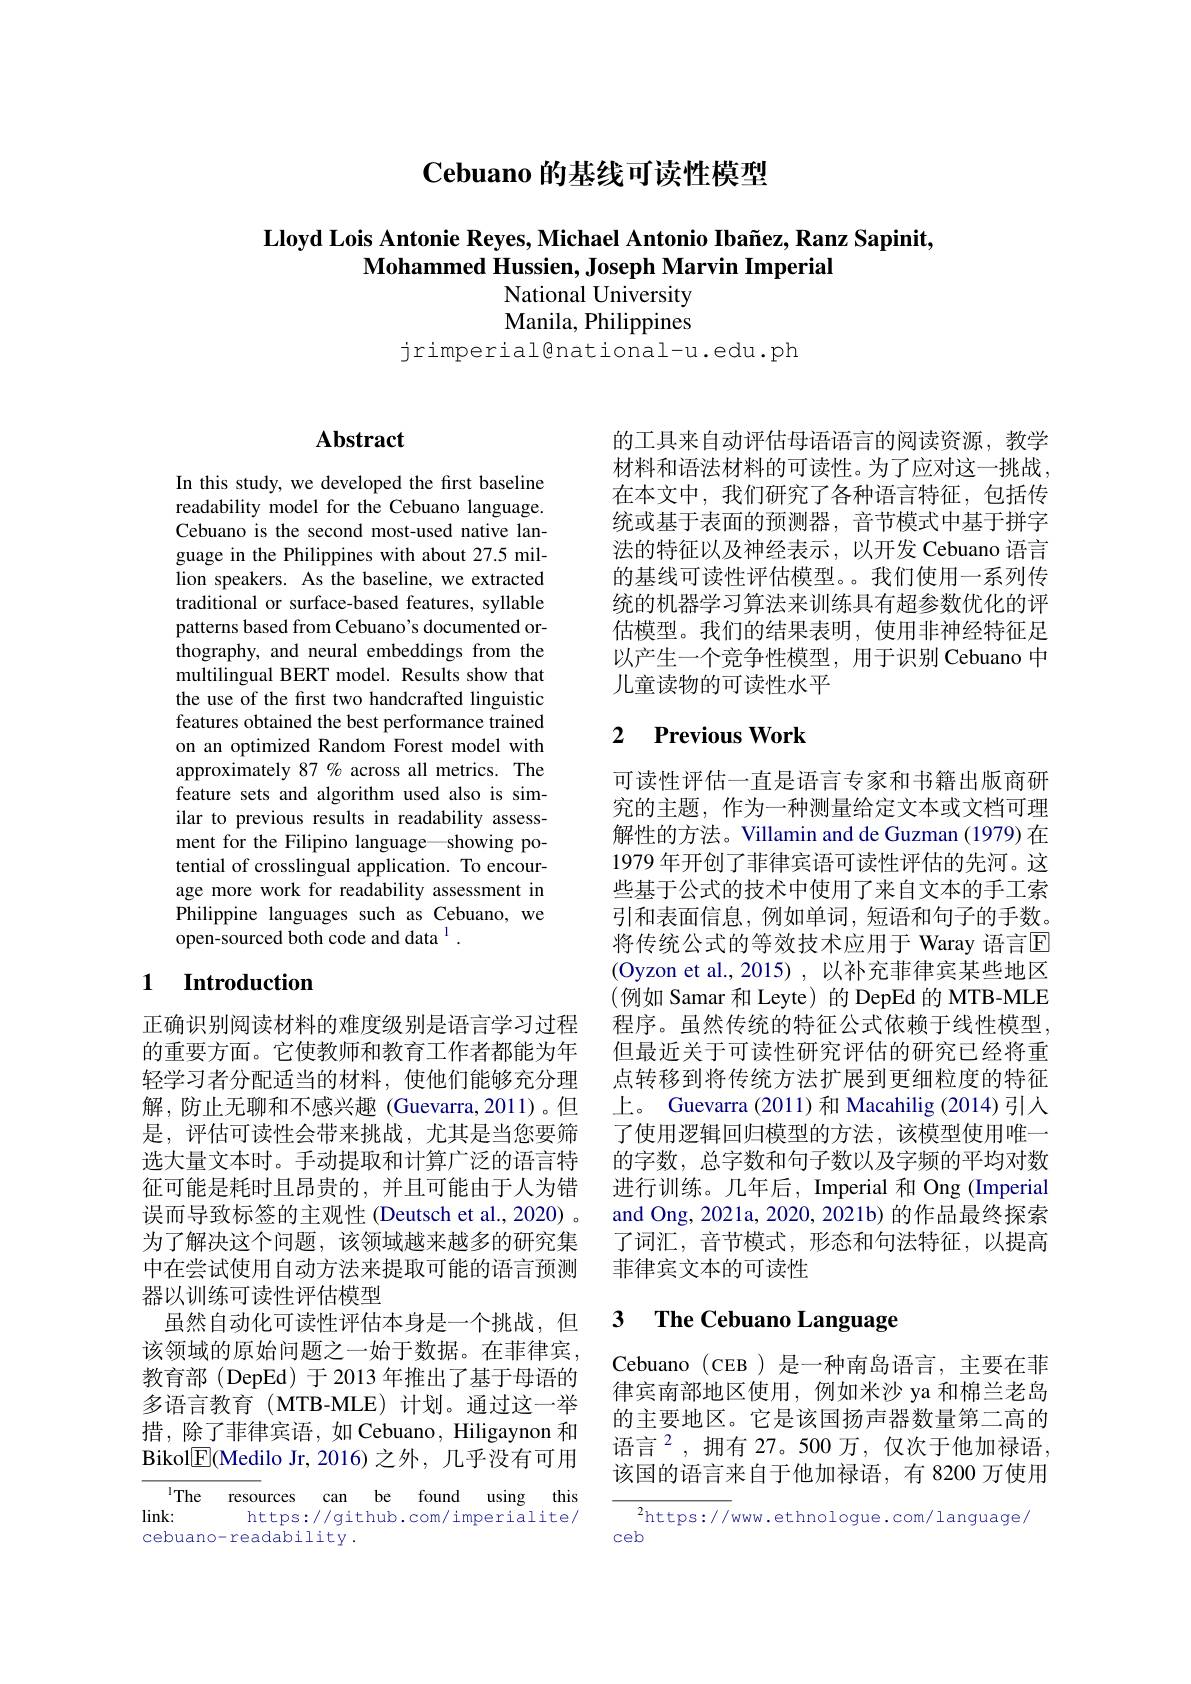
$\textbf{Cebuano 的 基 线 可 读 性 模 型 }$

$\textbf{Lloyd Lois Antonie Reyes, Michael Antonio Iba\~{n} ez, Ranz Sapinit, }$
Mohammed Hussien, Joseph Marvin Imperial
## National University Manila, Philippines
jrimperial@national-u.edu.ph

### $\mathbf{Abstract}$

In this study, we developed the first baseline readability model for the Cebuano language. Cebuano is the second most-used native language in the Philippines with about 27.5 million speakers. As the baseline, we extracted traditional or surface-based features, syllable patterns based from Cebuano's documented orthography, and neural embeddings from the multilingual BERT model. Results show that the use of the first two handcrafted linguistic features obtained the best performance trained on an optimized Random Forest model with approximately 87% across all metrics. The feature sets and algorithm used also is similar to previous results in readability assessment for the Filipino language—showing potential of crosslingual application. To encourage more work for readability assessment in Philippine languages such as Cebuano, we open-sourced both code and data $^{1}.$

## 1 Introduction

正确识别阅读材料的难度级别是语言学习过程的重要方面。它使教师和教育工作者都能为年轻学习者分配适当的材料，使他们能够充分理解，防止无聊和不感兴趣(Guevarra,2011)。但是，评估可读性会带来挑战，尤其是当您要筛选大量文本时。手动提取和计算广泛的语言特征可能是耗时且昂贵的，并且可能由于人为错误而导致标签的主观性 (Deutsch et al., 2020) 。为了解决这个问题，该领域越来越多的研究集中在尝试使用自动方法来提取可能的语言预测器以训练可读性评估模型
虽然自动化可读性评估本身是一个挑战，但该领域的原始问题之一始于数据。在菲律宾， 教育部(DepEd)于2013 年推出了基于母语的多语言教育(MTB-MLE)计划。通过这一举措，除了菲律宾语，如 Cebuano, Hiligaynon 和Bikol$\underline{\mathrm{E}}$(Medilo Jr,2016)之外，几乎没有可用

The resources can be found using this
$\lim$k:
https://github.com/imperialite/
cebuano-readability .

的工具来自动评估母语语言的阅读资源，教学材料和语法材料的可读性。为了应对这一挑战， 在本文中，我们研究了各种语言特征，包括传统或基于表面的预测器，音节模式中基于拼字法的特征以及神经表示，以开发 Cebuano 语言的基线可读性评估模型。。我们使用一系列传统的机器学习算法来训练具有超参数优化的评估模型。我们的结果表明，使用非神经特征足以产生一个竞争性模型，用于识别 Cebuano 中儿童读物的可读性水平

## 2 Previous Work

可读性评估一直是语言专家和书籍出版商研究的主题，作为一种测量给定文本或文档可理解性的方法。Villamin and de Guzman (1979) 在1979 年开创了菲律宾语可读性评估的先河。这些基于公式的技术中使用了来自文本的手工索引和表面信息，例如单词，短语和句子的手数。将传统公式的等效技术应用于 Waray 语言$\overline{\mathrm{E}}$ (Oyzon et al., 2015) , 以补充菲律宾某些地区(例如 Samar 和 Leyte) 的 DepEd 的 MTB-MLE 程序。虽然传统的特征公式依赖于线性模型， 但最近关于可读性研究评估的研究已经将重点转移到将传统方法扩展到更细粒度的特征上。Guevarra (2011) 和 Macahilig (2014) 引入了使用逻辑回归模型的方法，该模型使用唯一的字数，总字数和句子数以及字频的平均对数进行训练。几年后，Imperial 和 Ong (Imperial and Ong, 2021a, 2020, 2021b) 的作品最终探索了词汇，音节模式，形态和句法特征，以提高菲律宾文本的可读性

# 3 $\textbf{The Cebuano Language}$

Cebuano (CEB )是一种南岛语言，主要在菲律宾南部地区使用，例如米沙 ya 和棉兰老岛的主要地区。它是该国扬声器数量第二高的语言$^2$,拥有 27。500 万，仅次于他加禄语， 该国的语言来自于他加禄语，有 8200 万使用

$^{2}$https://www.ethnologue.com/language/
ceb